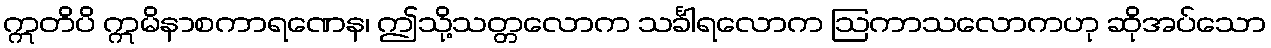
ဣတိပိ ဣမိနာစကာရဏေန၊ ဤသို့သတ္တလောက သင်္ခါရလောက ဩကာသလောကဟု ဆိုအပ်သော